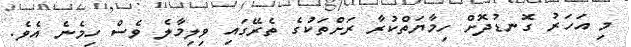
މި އަހަރު ގޮނޑުދޮށް ހިމާޔަތްކުރާ ރަށްތަކުގެ ތެރޭގައި ވިލިމާލެ ވެސް ހިމެނެ އެވެ.